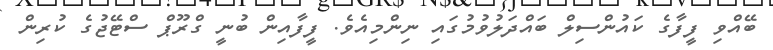
ބޭއްވި ފީފާގެ ކައުންސިލް ބައްދަލުވުމުގައި ނިންމިއެވެ. ފީފާއިން ބުނީ ގްރޫޕް ސްޓޭޖުގެ ކުރިން